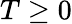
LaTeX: T\geq 0